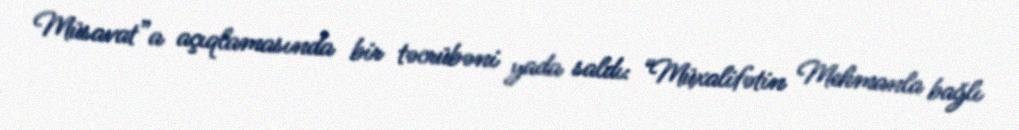
Müsavat”a açıqlamasında bir təcrübəni yada saldı: “Müxalifətin Mehmanla bağlı